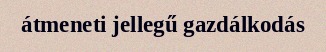
átmeneti jellegű gazdálkodás